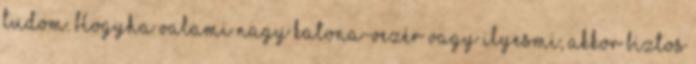
tudom. Hogyha valami nagy katona-vezér vagy ilyesmi, akkor biztos